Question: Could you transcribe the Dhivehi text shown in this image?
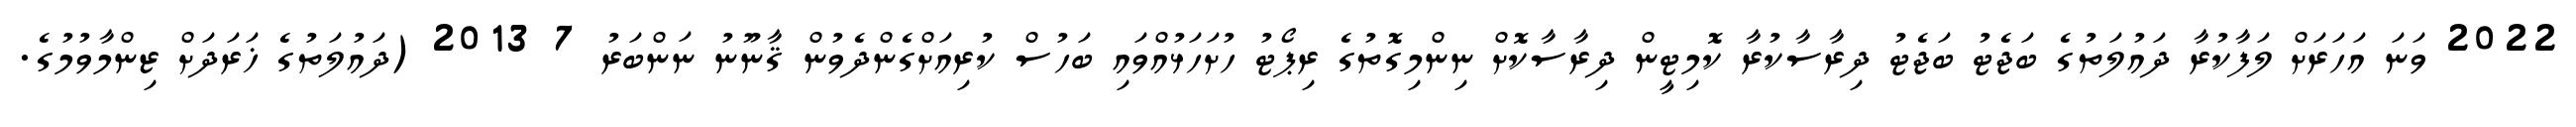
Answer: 2022 ވަނަ އަހަރަށް ލަފާކުރާ ދައުލަތުގެ ބަޖެޓު ބަޖެޓު ދިރާސާކުރާ ކޮމިޓީން ދިރާސާކޮށް ނިންމިގޮތުގެ ރިޕޯޓު ހުށަހަޅުއްވައި ބަހުސް ކުރިއަށްގެންދެވުން ޤާނޫނު ނަންބަރު 7 2013 (ދައުލަތުގެ ޚަރަދަށް ޒިންމާވުމުގެ.